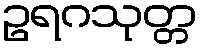
ဥရဂသုတ္တ